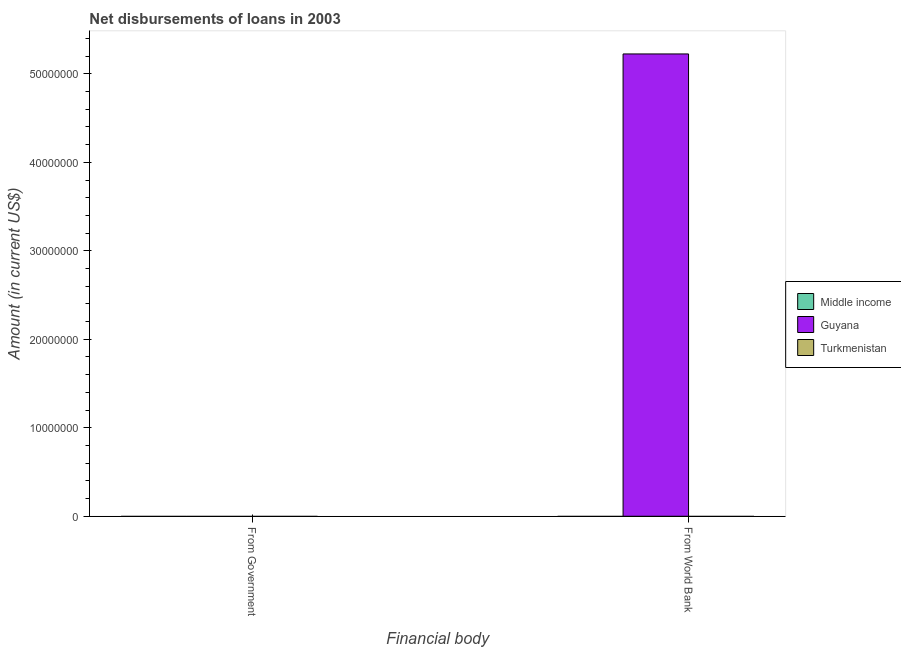
| Financial body | Middle income | Guyana | Turkmenistan |
 | --- | --- | --- | --- |
 | From Government | -1.09e+10 | -9.67e+06 | -6.65e+06 |
 | From World Bank | -2.75e+09 | 5.22e+07 | -8.1e+06 |